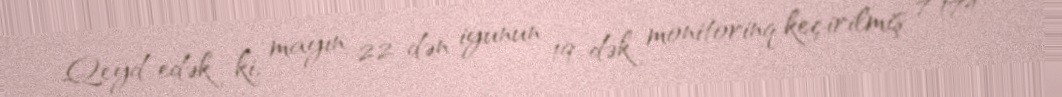
Qeyd edək ki, mayın 22-dən iyunun 19-dək monitorinq keçirilmiş 7 174